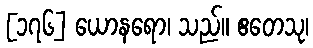
[၁၇၆] ယောနရော၊ သည်။ ဧတေသု၊